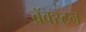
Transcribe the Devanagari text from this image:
ब्रॅक्स्टन